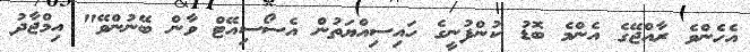
އެހެންވެ ރާއްޖޭގެ އެންމެ ބޮޑު ކުންފުނީގެ ހައިސިއްޔަތުން އެސޯސިއޭޓް ވާން ބޭނުންވޭ" އިމްޖާދު